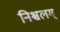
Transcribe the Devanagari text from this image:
निश्चलम्